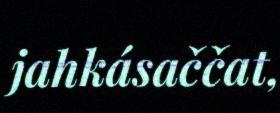
jahkásaččat,